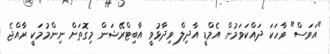
"އަވަސް" ވާހަކަ ދައްކަވަމުން އެމްޑީ އާދިލް ވިދާޅުވީ އާބިޓްރޭޝަން މިގޮތަށް ނިންމުމަކީ ރާއްޖެ